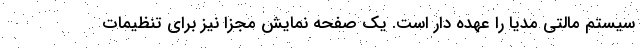
سیستم مالتی مدیا را عهده دار است‌. یک صفحه نمایش مجزا نیز برای تنظیمات